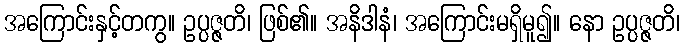
အကြောင်းနှင့်တကွ။ ဥပ္ပဇ္ဇတိ၊ ဖြစ်၏။ အနိဒါနံ၊ အကြောင်းမရှိမူ၍။ နော ဥပ္ပဇ္ဇတိ၊